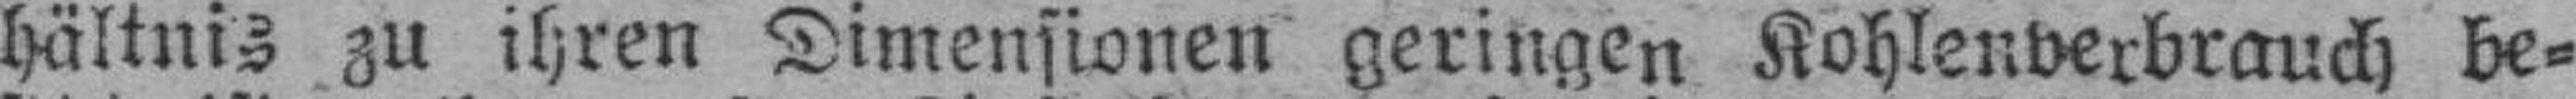
hältnis zu ihren Dimensionen geringen Kohlenverbrauch be¬